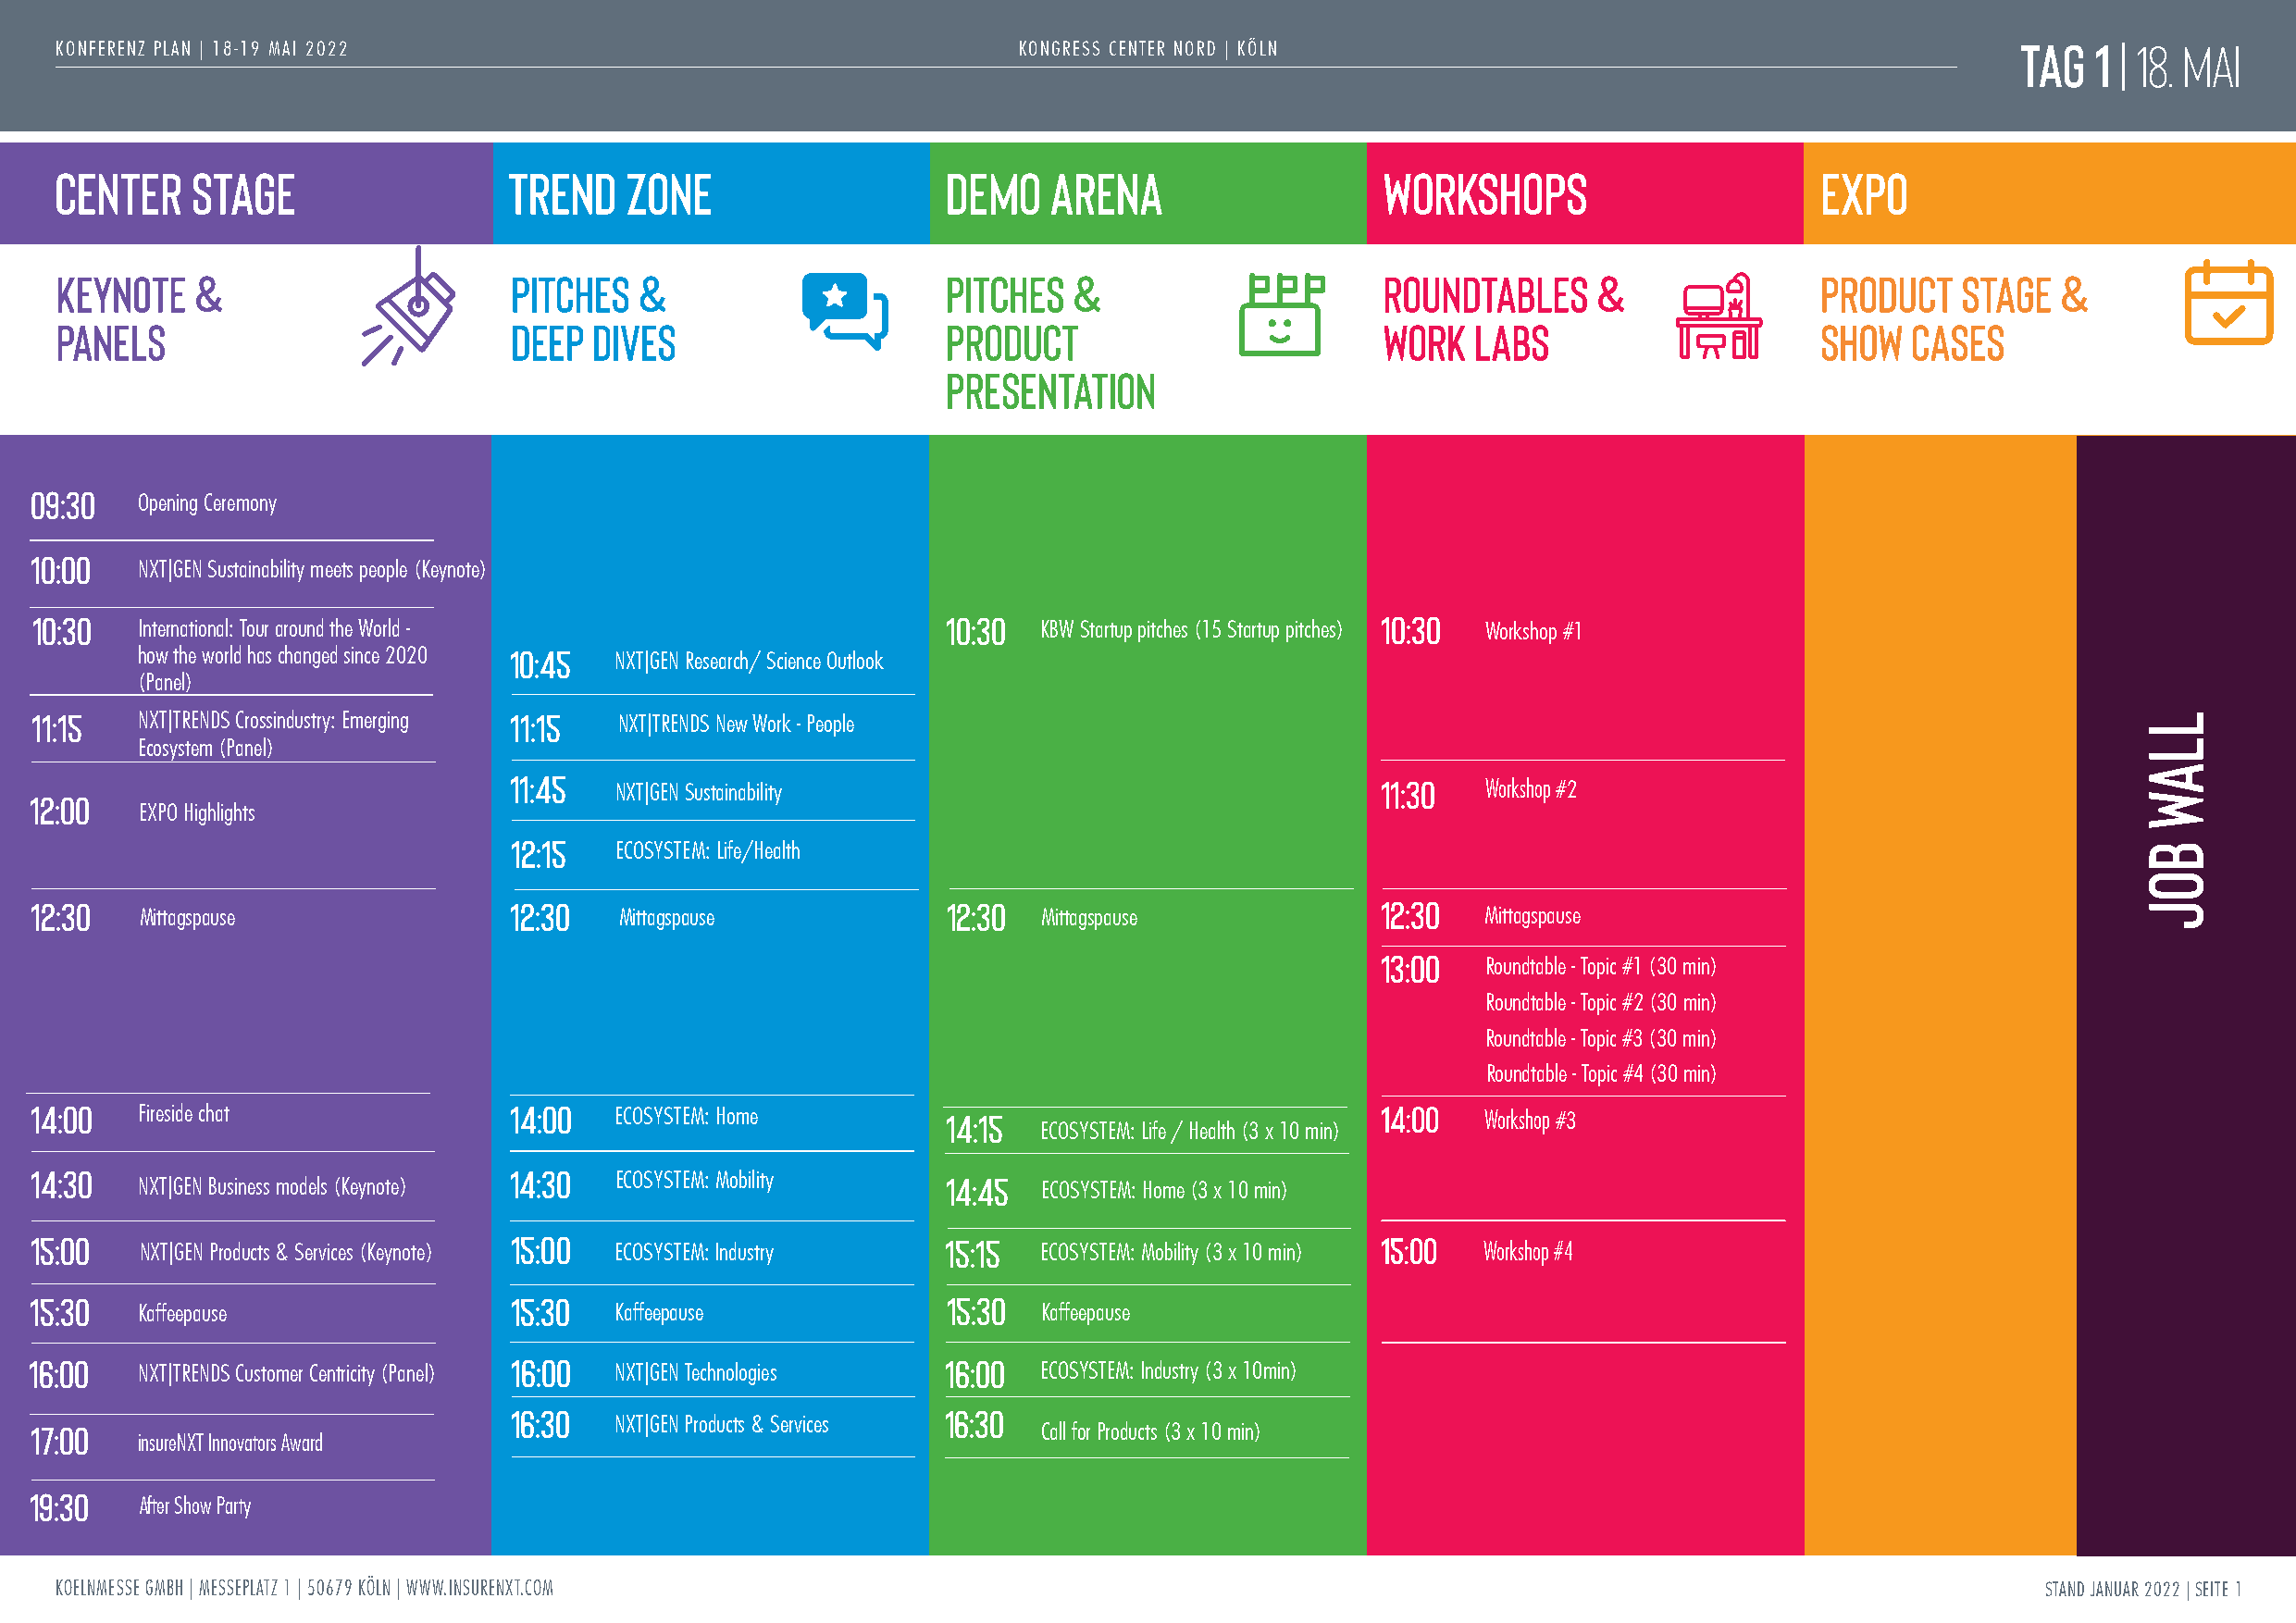
TAG   1|18. Mai
 KONFERENZ PLAN | 18-19 MAI 2022                                      KONGRESS CENTER NORD | KÖLN
 CENTER    STAGE                 Trend    Zone                   DEMO   ARENA                   Workshops                      Expo
 KEYNOTE   &                      PITCHES  &                     PITCHES  &                     ROUNDTABLES    &               PRODUCT   STAGE  &
 PANELS                           DEEP DIVES                     PRODUCT                        WORK  LABS                     SHOW   CASES
 PRESENTATION
 09:30
 Opening Ceremony
 10:00
 NXT|GEN Sustainability meets people (Keynote)
 10:30                                                             10:30                          10:30
 International: Tour around the World -                          KBW Startup pitches (15 Startup pitches) Workshop #1
 how the world has changed since 2020 10:45
 NXT|GEN Research/ Science Outlook
 (Panel)
 11:15                             11:15
 NXT|TRENDS Crossindustry: Emerging NXT|TRENDS New Work - People
 Ecosystem (Panel)
 11:45                                                          11:30
 12:00                                     NXT|GEN Sustainability                                        Workshop #2
 EXPO Highlights
 12:15
 ECOSYSTEM: Life/Health
 12:30                             12:30                           12:30                          12:30
 Mittagspause                      Mittagspause                  Mittagspause                    Mittagspause
 13:00
 Roundtable - Topic #1 (30 min)
 Roundtable - Topic #2 (30 min)
 Roundtable - Topic #3 (30 min)
 Roundtable - Topic #4 (30 min)
 14:00                             14:00                                                          14:00
 Fireside chat                     ECOSYSTEM: Home         14:15                                 Workshop #3
 ECOSYSTEM: Life / Health (3 x 10 min)
 14:30                             14:30
 ECOSYSTEM: Mobility     14:45
 NXT|GEN Business models (Keynote)                               ECOSYSTEM: Home (3 x 10 min)
 15:00                              15:00                          15:15                          15:00
 NXT|GEN Products & Services (Keynote) ECOSYSTEM: Industry       ECOSYSTEM: Mobility (3 x 10 min) Workshop #4
 15:30                              15:30                          15:30
 Kaffeepause                       Kaffeepause                   Kaffeepause
 16:00                              16:00                          16:00
 NXT|TRENDS Customer Centricity (Panel) NXT|GEN Technologies     ECOSYSTEM: Industry (3 x 10min)
 16:30                          16:30
 17:00                                     NXT|GEN Products & Services
 Call for Products (3 x 10 min)
 insureNXT Innovators Award
 19:30
 After Show Party
 KOELNMESSE GMBH | MESSEPLATZ 1 | 50679 KÖLN | WWW.INSURENXT.COM                                                                               STAND JANUAR 2022 |SEITE 1
 LLAW
 BOJ